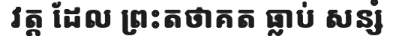
វត្ត ដែល ព្រះតថាគត ធ្លាប់ សន្សំ